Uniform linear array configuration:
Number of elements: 8
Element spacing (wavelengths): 0.75
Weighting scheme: hann
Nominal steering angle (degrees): -45
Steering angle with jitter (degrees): -46.035
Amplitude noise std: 0.05
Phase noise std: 0.05

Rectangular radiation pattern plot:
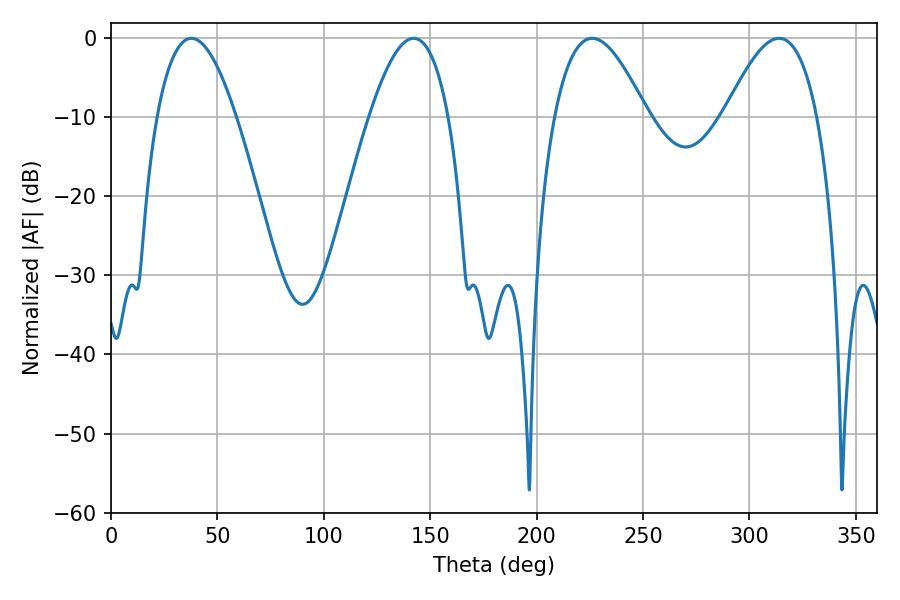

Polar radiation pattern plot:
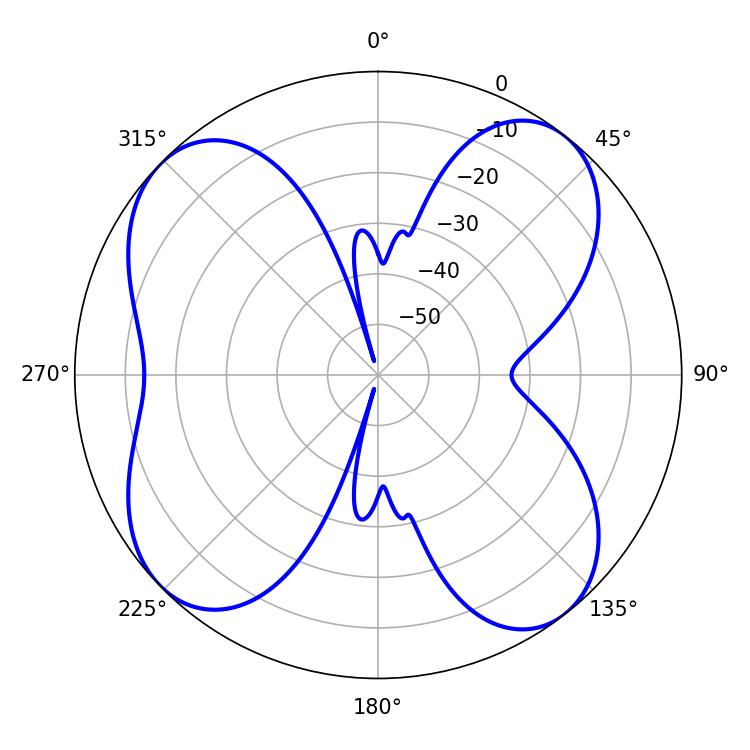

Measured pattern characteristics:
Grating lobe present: TRUE
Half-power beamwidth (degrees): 20.52
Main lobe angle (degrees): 37.8